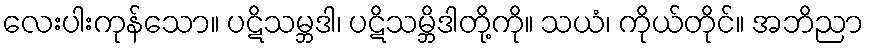
လေးပါးကုန်သော။ ပဋိသမ္ဘဒါ၊ ပဋိသမ္ဘိဒါတို့ကို။ သယံ၊ ကိုယ်တိုင်။ အဘိညာ